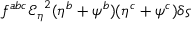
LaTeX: f ^ { a b c } { { \mathcal { E } _ { \eta } } } ^ { 2 } ( \eta ^ { b } + \psi ^ { b } ) ( \eta ^ { c } + \psi ^ { c } ) \delta \varsigma